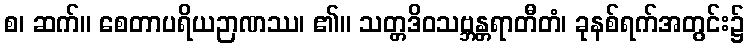
စ၊ ဆက်။ စေတာပရိယဉာဏဿ၊ ၏။ သတ္တဒိဝသဗ္ဘန္တရာတီတံ၊ ခုနစ်ရက်အတွင်း၌